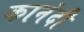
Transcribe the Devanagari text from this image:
कानंदी